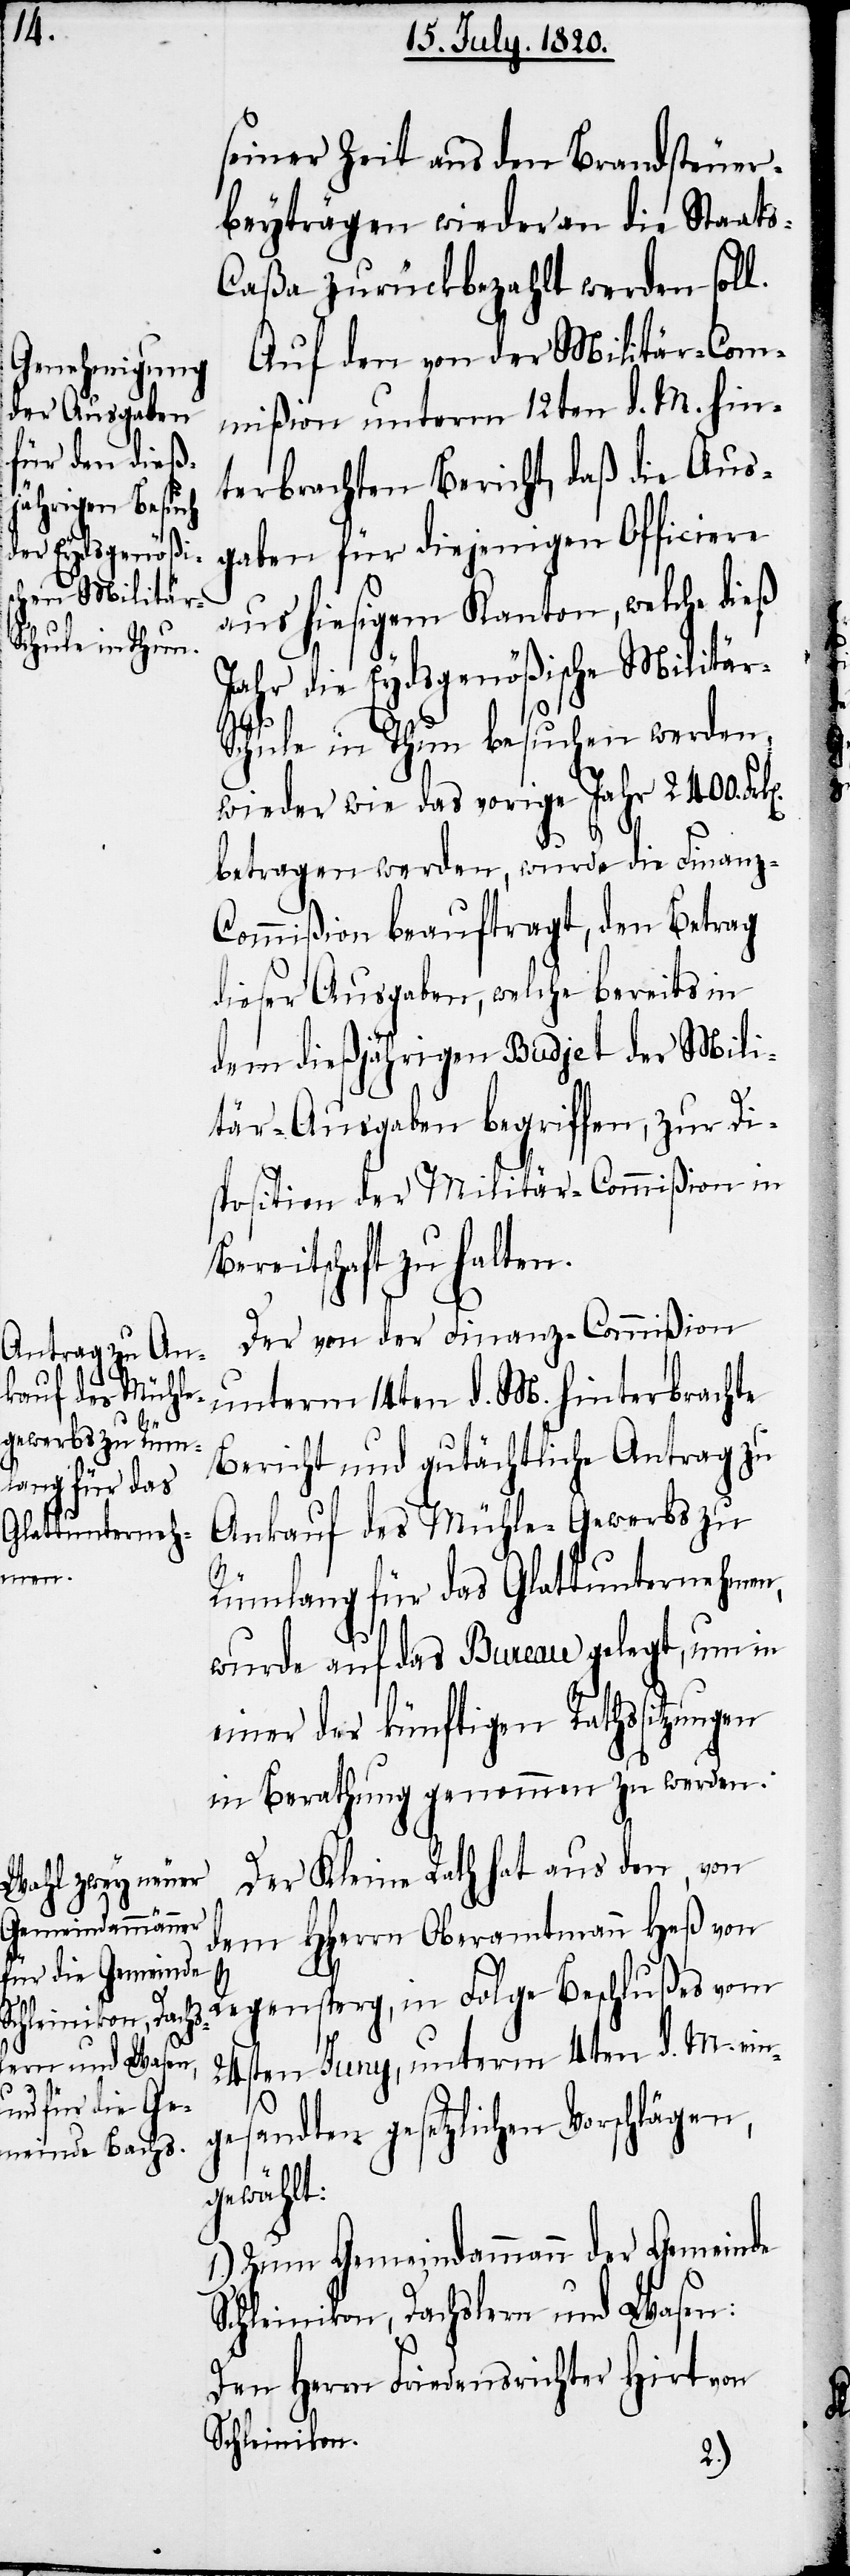
seiner Zeit aus den Brandsteuer¬
beyträgen wieder an die Staat¬
s-Caßa zurückbezahlt werden soll.
Auf den von der Militär-Com¬
mißion unterm 12ten d. M. hin¬
terbrachten Bericht, daß die Aus¬
gaben für diejenigen Officiere
aus hiesigem Kanton, welche dieß
Jahr die Eydsgenößische Militär-S¬
chule in Thun besuchen werden,
wieder wie das vorige Jahr 2400.
betragen werden, wurde die Finanz-C¬
ommißion beauftragt, den Betrag
dieser Ausgaben, welche bereits in
dem dießjährigen Budjet der Mili¬
tär-Ausgaben begriffen, zur Di¬
sposition der Militär-Commißion in
Bereitschaft zu halten.
Der von der Finanz-Commißion
unterm 14ten d. M. hinterbrachte
Bericht und gutächtliche Antrag zu
Ankauf des Mühle-Gewerbs zu
Rümlang für das Glattunternehmen,
wurde auf das Bureau gelegt, um in
einer der künftigen Rathssitzungen
in Berathung genommen zu werden.
Der Kleine Rath hat aus den, von
dem HHerrn Oberamtmann Heß von
24sten Juny, unterm 4ten d. M. ein¬
gesandten gesetzlichen Vorschlägen,
gewählt:
1.) Zum Gemeindammann der Gemeinde
Schleinikon, Dachslern und Wasen:
Den Herrn Friedensrichter Hirt von
Schleinikon.